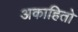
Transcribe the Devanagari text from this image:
अकाहितो